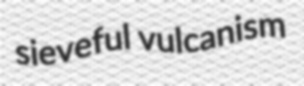
sieveful vulcanism